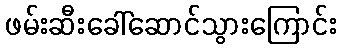
ဖမ်းဆီးခေါ်ဆောင်သွားကြောင်း